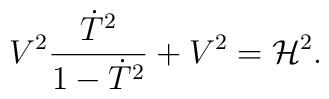
V^2{\dot{T}^2 \over 1 - \dot{T}^2} + V^2 = {\cal H}^2.